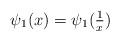
LaTeX: \begin{align*}\psi_1(x) = \psi_1(\tfrac{1}{x})\end{align*}